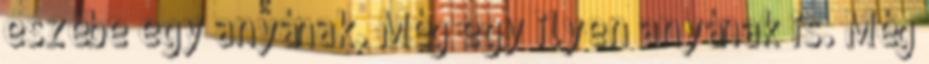
eszébe egy anyának. Még egy ilyen anyának is. Még